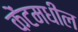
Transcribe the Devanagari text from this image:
केंटमधील